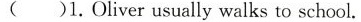
( )1.Oliver usually walks to school.